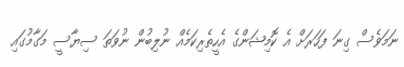
ނަމަވެސް ގިނަ ފަހަރަށް އެ ކޮމިޝަންގެ އެހީތެރިކަމެއް ނުލިބުން ނުވަތަ ސިޔާސީ މަގާމުގައި